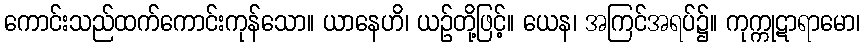
ကောင်းသည်ထက်ကောင်းကုန်သော။ ယာနေဟိ၊ ယဉ်တို့ဖြင့်။ ယေန၊ အကြင်အရပ်၌။ ကုက္ကုဋာရာမော၊